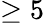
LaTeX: \ge 5